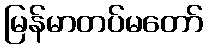
မြန်မာတပ်မတော်